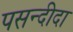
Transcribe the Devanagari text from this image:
पसन्‍दीदा